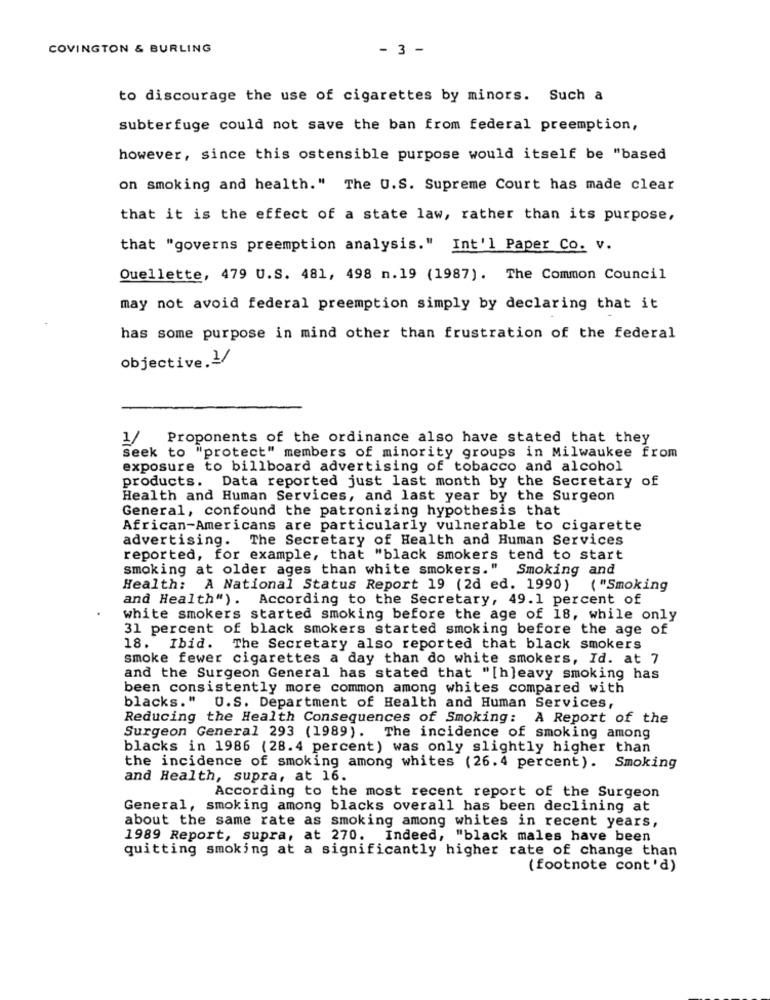
COVINGTON & BURLING
- 3 -
to discourage the use of cigarettes by minors. Such a
subterfuge could not save the ban from federal preemption,
however, since this ostensible purpose would itself be "based
on smoking and health." The U.S. Supreme Court has made clear
that it is the effect of a state law, rather than its purpose,
that "governs preemption analysis." Int'l Paper Co. v.
Quellette, 479 U.S. 481, 498 n.19 (1987). The Common Council
may not avoid federal preemption simply by declaring that it
has some purpose in mind other than frustration of the federal
objective.1/
1/ Proponents of the ordinance also have stated that they
seek to "protect" members of minority groups in Milwaukee from
exposure to billboard advertising of tobacco and alcohol
products. Data reported just last month by the Secretary of
Health and Human Services, and last year by the Surgeon
General, confound the patronizing hypothesis that
African-Americans are particularly vulnerable to cigarette
advertising. The Secretary of Health and Human Services
reported, for example, that "black smokers tend to start
smoking at older ages than white smokers." Smoking and
Health: A National Status Report 19 (2d ed. 1990) ("Smoking
and Health"). According to the Secretary, 49.1 percent of
white smokers started smoking before the age of 18, while only
31 percent of black smokers started smoking before the age of
18. Ibid. The Secretary also reported that black smokers
smoke fewer cigarettes a day than do white smokers, Id. at 7
and the Surgeon General has stated that "[h]eavy smoking has
been consistently more common among whites compared with
blacks." U.S. Department of Health and Human Services,
Reducing the Health Consequences of Smoking: A Report of the
Surgeon General 293 (1989). The incidence of smoking among
blacks in 1986 (28.4 percent) was only slightly higher than
the incidence of smoking among whites (26.4 percent). Smoking
and Health, supra, at 16.
According to the most recent report of the Surgeon
General, smoking among blacks overall has been declining at
about the same rate as smoking among whites in recent years,
1989 Report, supra, at 270. Indeed, "black males have been
quitting smoking at a significantly higher rate of change than
(footnote cont'd)